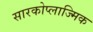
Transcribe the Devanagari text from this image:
सारकोप्लाज्मिक